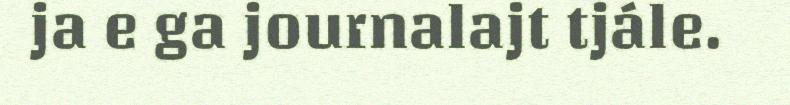
ja e ga journalajt tjále.